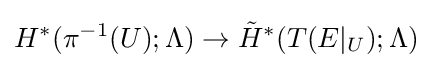
H^{*}(\pi ^{-1}(U);\Lambda )\to {\tilde {H}}^{*}(T(E|_{U});\Lambda )